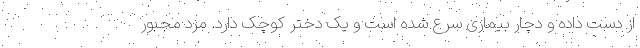
از دست داده و دچار بیماری سرع شده است و یک دختر کوچک دارد. مرد مجبور